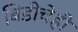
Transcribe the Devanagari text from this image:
बिडीचेही